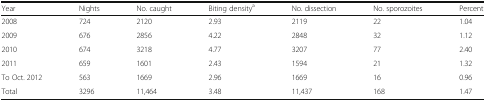
<table><thead><tr><td><b>Year</b></td><td><b>Nights</b></td><td><b>No. caught</b></td><td><b>Biting density<sup>a</sup></b></td><td><b>No. dissection</b></td><td><b>No. sporozoites</b></td><td><b>Percent</b></td></tr></thead><tbody><tr><td>2008</td><td>724</td><td>2120</td><td>2.93</td><td>2119</td><td>22</td><td>1.04</td></tr><tr><td>2009</td><td>676</td><td>2856</td><td>4.22</td><td>2848</td><td>32</td><td>1.12</td></tr><tr><td>2010</td><td>674</td><td>3218</td><td>4.77</td><td>3207</td><td>77</td><td>2.40</td></tr><tr><td>2011</td><td>659</td><td>1601</td><td>2.43</td><td>1594</td><td>21</td><td>1.32</td></tr><tr><td>To Oct. 2012</td><td>563</td><td>1669</td><td>2.96</td><td>1669</td><td>16</td><td>0.96</td></tr><tr><td>Total</td><td>3296</td><td>11,464</td><td>3.48</td><td>11,437</td><td>168</td><td>1.47</td></tr></tbody></table>